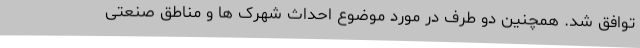
توافق شد. همچنین دو طرف در مورد موضوع احداث شهرک ها و مناطق صنعتی